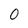
Character: 0